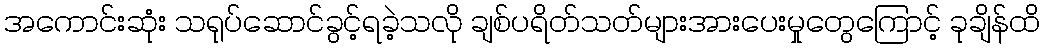
အကောင်းဆုံး သရုပ်ဆောင်ခွင့်ရခဲ့သလို ချစ်ပရိတ်သတ်များအားပေးမှုတွေကြောင့် ခုချိန်ထိ